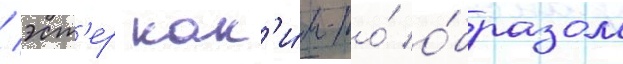
/ эст'ер как'и́м-то́ о́бразом